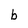
Character: b